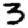
Digit: 3